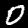
Digit: 0